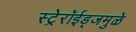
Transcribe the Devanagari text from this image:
स्ट्रेरॉईड्जमुळे